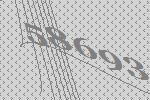
58693